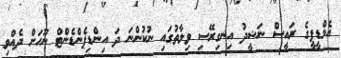
އެމްޑީޕީގެ ރައީސް ނަޝީދު އިނގިރޭސި ވިލާތުގައި ނުކުންނަ ދަ އިންޑިޕެންޑެންޓް ނޫހަށް ދެއްވި